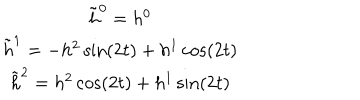
\begin{matrix} { { \tilde { h } ^ { 0 } = h ^ { 0 } } } \\ { { \tilde { h } ^ { 1 } = - h ^ { 2 } \sin ( 2 t ) + h ^ { 1 } \cos ( 2 t ) } } \\ { { \tilde { h } ^ { 2 } = h ^ { 2 } \cos ( 2 t ) + h ^ { 1 } \sin ( 2 t ) } } \\ \end{matrix}